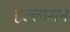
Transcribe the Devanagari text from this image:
हल्लासन